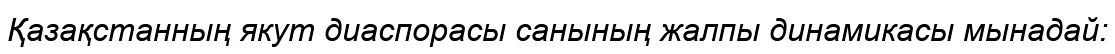
Қазақстанның якут диаспорасы санының жалпы динамикасы мынадай: